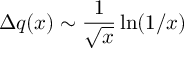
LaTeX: \Delta q ( x ) \sim \frac { 1 } { \sqrt { x } } \ln ( 1 / x )